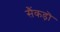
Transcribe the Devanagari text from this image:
सैंकड़ॊ